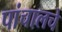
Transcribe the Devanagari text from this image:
पांचालचे